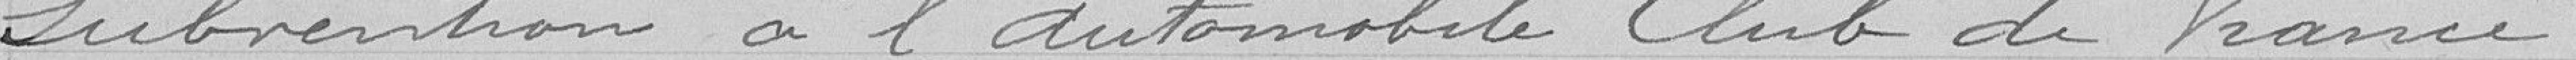
Subvention à l'automobile club de France